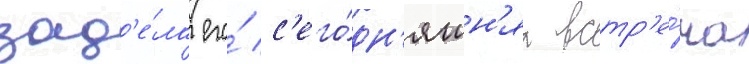
зад'е́ла его́ с'его́дн'яшн'яа встр'е́ча